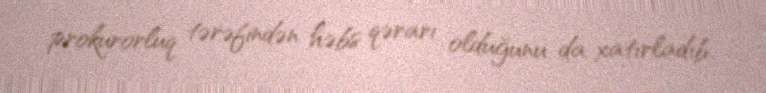
prokurorluq tərəfindən həbs qərarı olduğunu da xatırladıb.